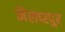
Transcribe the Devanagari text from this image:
मैलारपुर